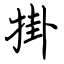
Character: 掛